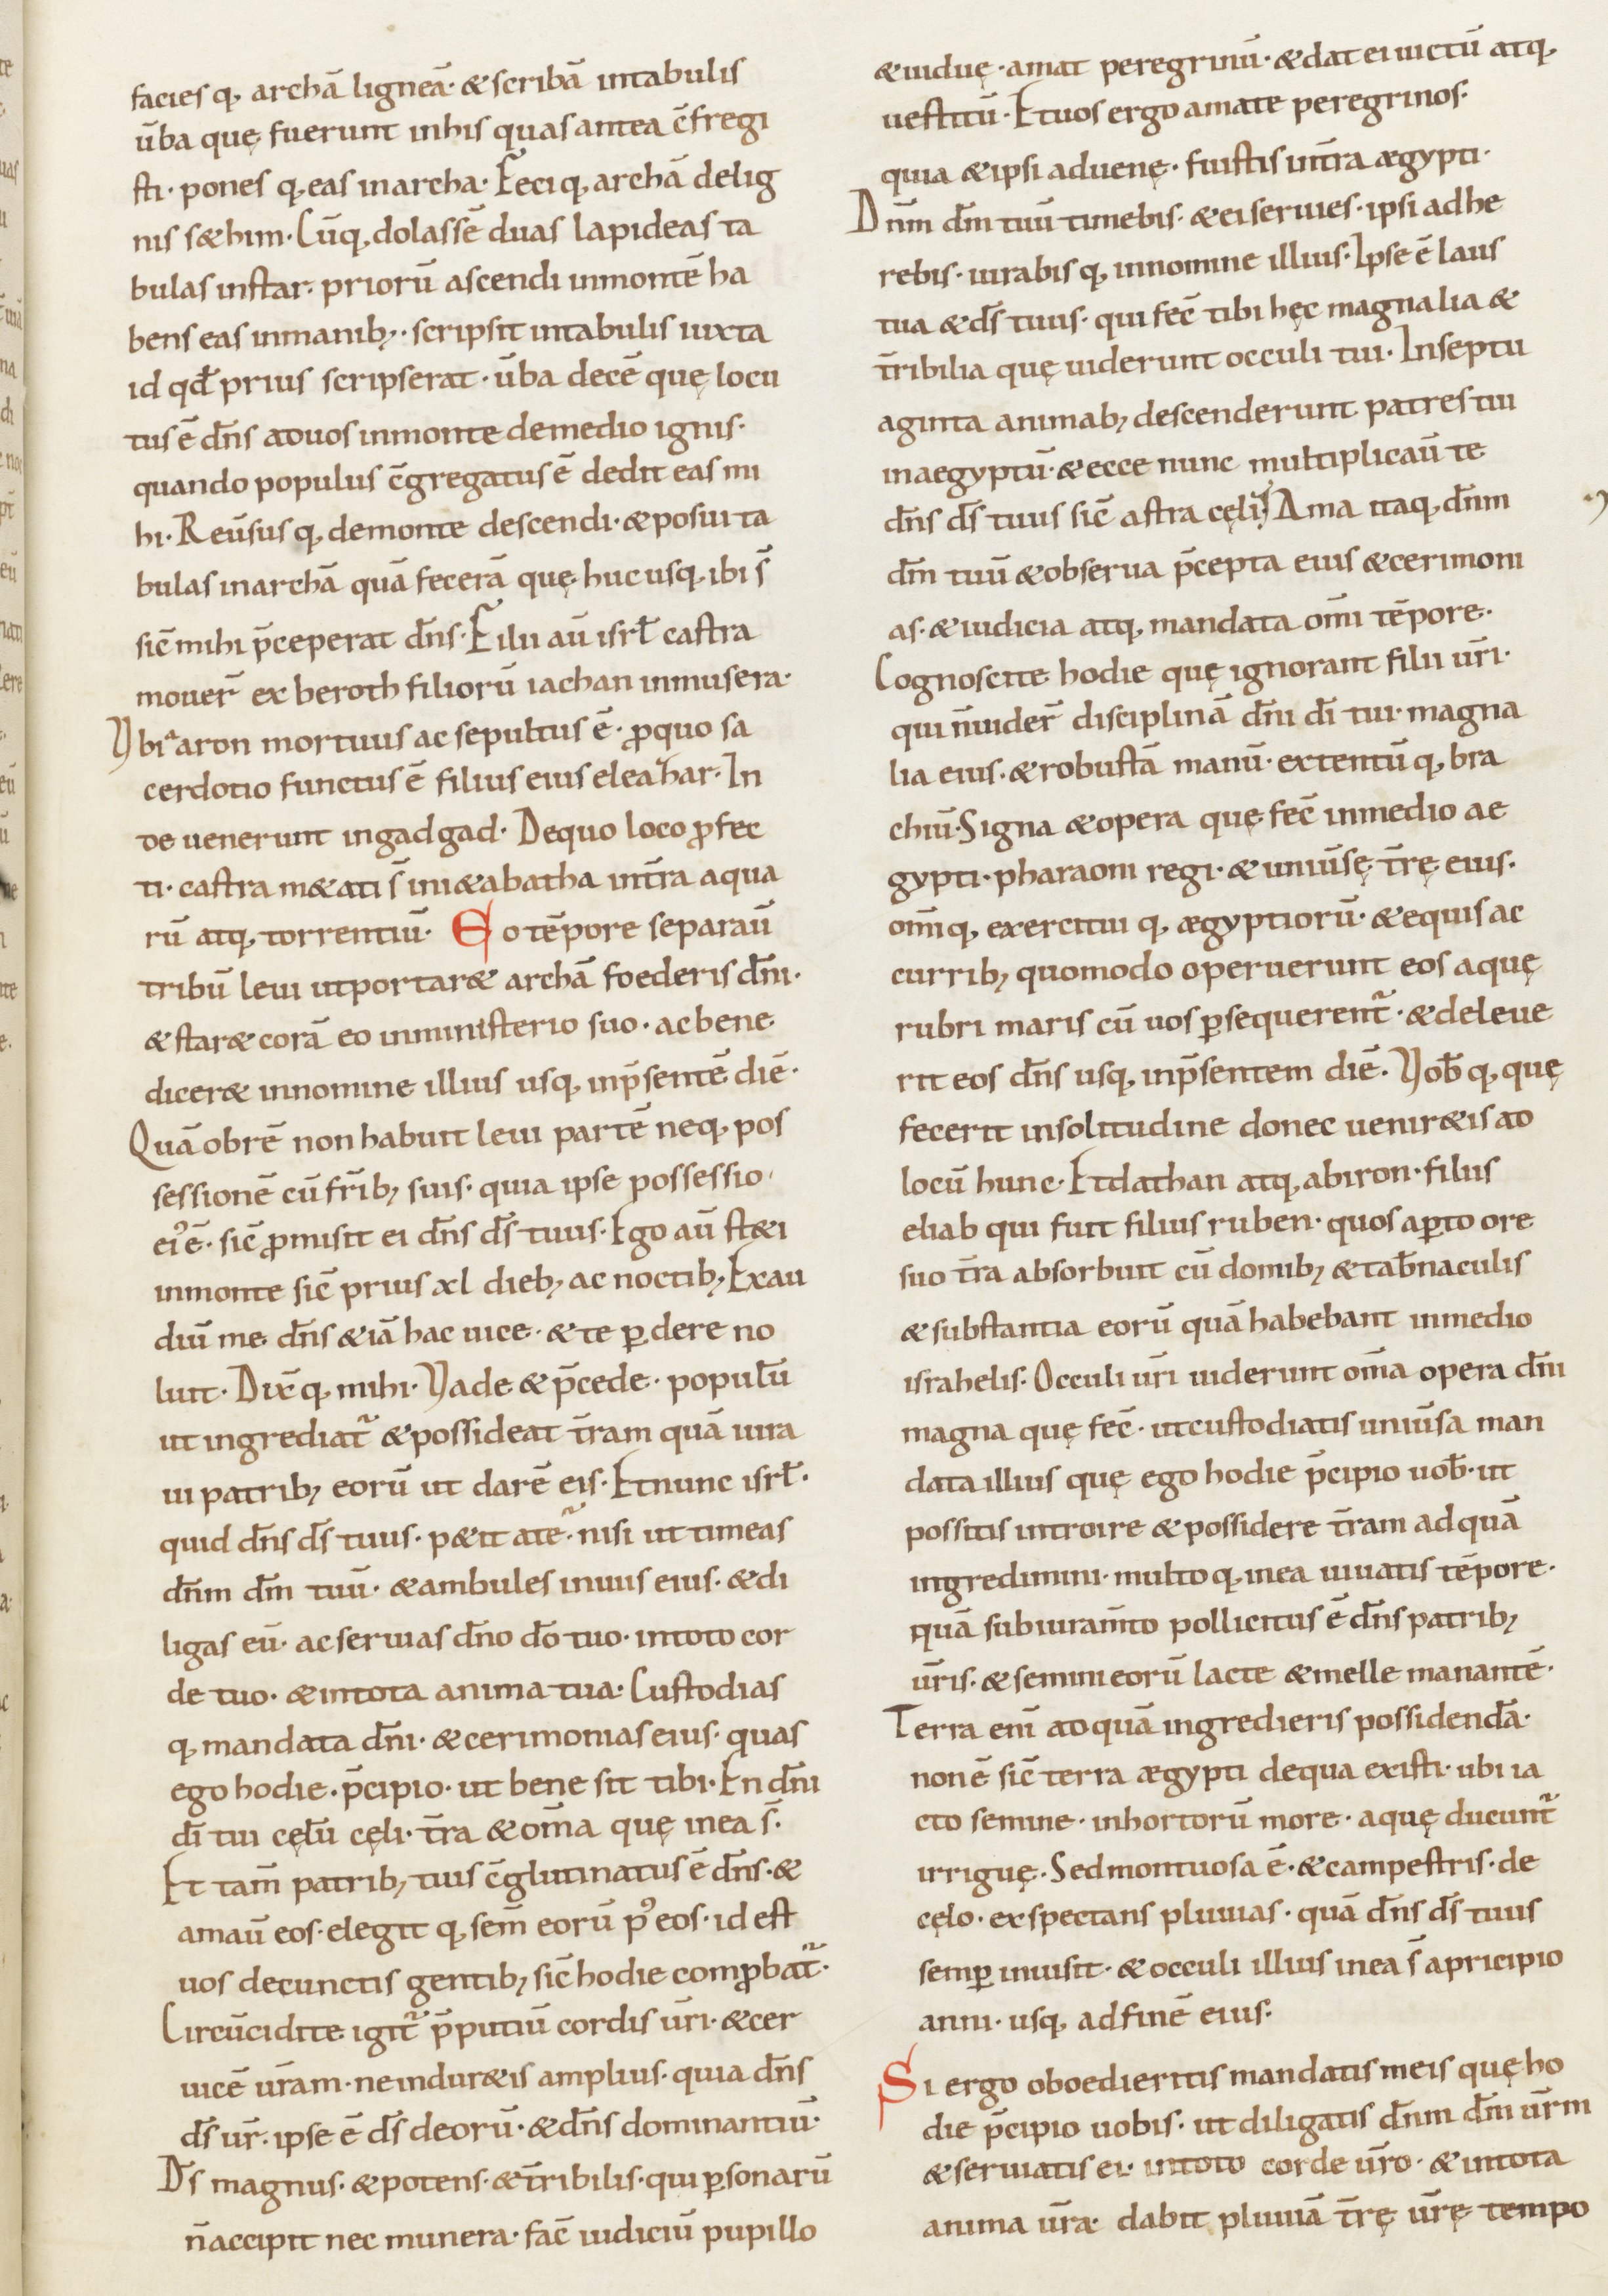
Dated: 900–999